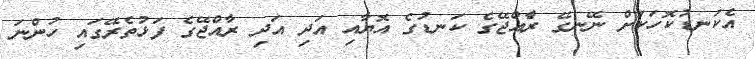
އެކަނޑުކޮހަކަށް ނޭނގޭ ރާެއްޖޭގެ ކަނޑުގެ އޮޔާއި އަދި އަދި ރާއްޖޭގެ ފަޅުތެރޭގައި ހުންނަ